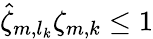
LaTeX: \hat{\zeta}_{m,l_{k}}\zeta_{m,k}\leq 1